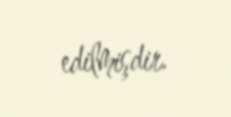
edilmişdir.